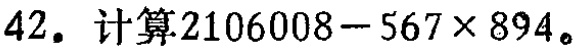
42. 计算\(2106008 - 567\times894\)。